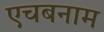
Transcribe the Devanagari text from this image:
एचबनाम